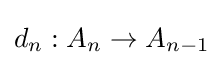
d_{n}:A_{n}\to A_{n-1}